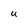
Character: U